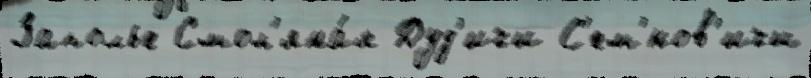
Заполье Смол'яна́я Дуд'ичи С'ем'́нов'ичи